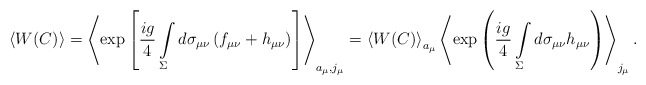
\begin{align*}\left<W(C)\right>=\left<\exp\left[\frac{ig}{4}\int\limits_{\Sigma}^{}d\sigma_{\mu\nu}\left(f_{\mu\nu}+h_{\mu\nu}\right)\right]\right>_{a_\mu, j_\mu}=\left<W(C)\right>_{a_\mu}\left<\exp\left(\frac{ig}{4}\int\limits_{\Sigma}^{} d\sigma_{\mu\nu}h_{\mu\nu}\right)\right>_{j_\mu}.\end{align*}